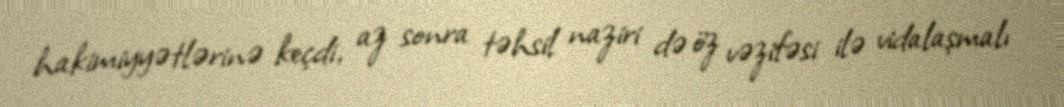
hakimiyyətlərinə keçdi, az sonra təhsil naziri də öz vəzifəsi ilə vidalaşmalı